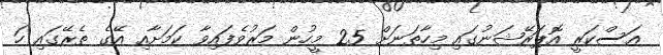
އަސްކަރީ އޮޕަރޭޝަނުގައި މިހާތަނަށް 25 މީހުން މަރުވެފައިވާ ކަމަށާއި އޭގެ ތެރޭގައި ހަ